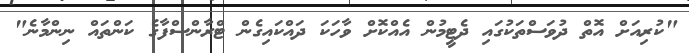
"ކުރިއަށް އޮތް ދުވަސްތަކުގައި ދެޓީމުން އެއްކޮށް ވާހަކަ ދައްކައިގެން ޓްރާންސްފާގެ ކަންތައް ނިންމާނެ"